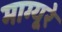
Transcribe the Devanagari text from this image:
माग्यूरे